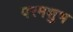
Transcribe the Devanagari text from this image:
परमशुभ